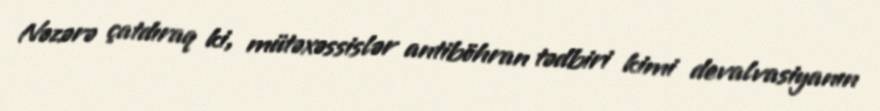
Nəzərə çatdıraq ki, mütəxəssislər antiböhran tədbiri kimi devalvasiyanın